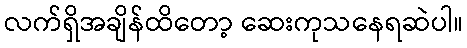
လက်ရှိအချိန်ထိတော့ ဆေးကုသနေရဆဲပါ။